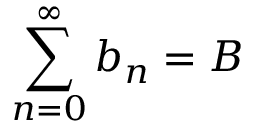
\sum _ { n = 0 } ^ { \infty } b _ { n } = B